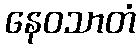
နေဝသာတံ